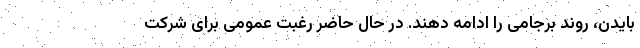
بایدن، روند برجامی را ادامه دهند. در حال حاضر رغبت عمومی برای شرکت